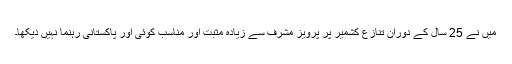
میں نے 25 سال کے دوران تنازع کشمیر پر پرویز مشرف سے زیادہ مثبت اور مناسب کوئی اور پاکستانی رہنما نہیں دیکھا۔